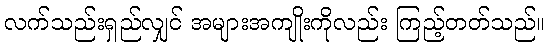
လက်သည်းရှည်လျှင် အများအကျိုးကိုလည်း ကြည့်တတ်သည်။